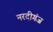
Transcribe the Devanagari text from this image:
नरदीगंज